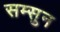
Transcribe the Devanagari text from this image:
सम्सुन